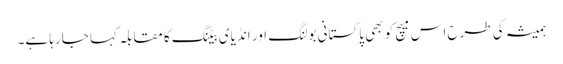
ہمیشہ کی طرح اس میچ کو بھی پاکستانی بولنگ اور انڈیای بیٹنگ کا مقابلہ کہا جارہا ہے۔